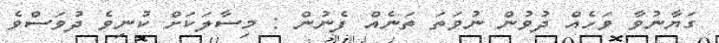
ގަޔާނުވާ ވަހެއް ދުވުން ނުވަތަ ތަނެއް ފެނުން : މިސާލަކަށް ކުނިވެ ދުވަސްވެ